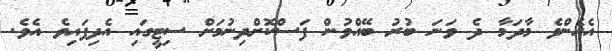
އެހެންވެ މާދަމާ ދެ ވަނަ ބުރު ބޭއްވުން ފަސްކޮށްދިނުމަށް ސިޓީގައި އެދިފައިވެ އެވެ.